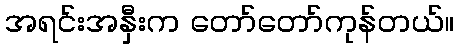
အရင်းအနှီးက တော်တော်ကုန်တယ်။